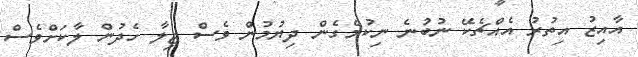
އާއިޒު އިތުރު އެއްޗެކޭ ނުބުނެ ނިކުމެގެން ދިޔުމުން ވެސް ޖިލާ ހެދުން ލާކަށްވެސް